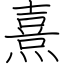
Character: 熹